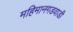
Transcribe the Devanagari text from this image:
महिमानगडवाडी